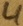
Text: 4